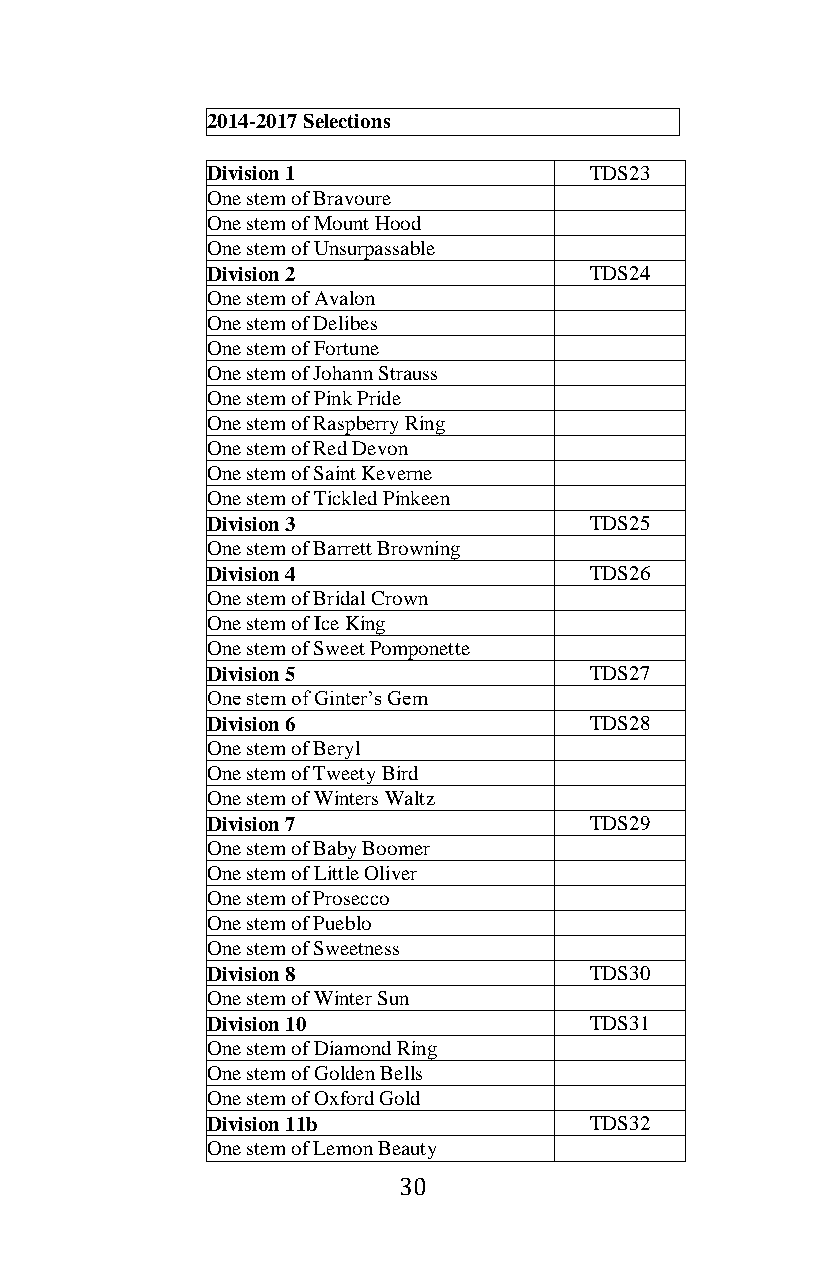
2014-2017 Selections
 Division 1               TDS23
 One stem of Bravoure
 One stem of Mount Hood
 One stem of Unsurpassable
 Division 2               TDS24
 One stem of Avalon
 One stem of Delibes
 One stem of Fortune
 One stem of Johann Strauss
 One stem of Pink Pride
 One stem of Raspberry Ring
 One stem of Red Devon
 One stem of Saint Keverne
 One stem of Tickled Pinkeen
 Division 3               TDS25
 One stem of Barrett Browning
 Division 4               TDS26
 One stem of Bridal Crown
 One stem of Ice King
 One stem of Sweet Pomponette
 Division 5               TDS27
 One stem of Ginter’s Gem
 Division 6               TDS28
 One stem of Beryl
 One stem of Tweety Bird
 One stem of Winters Waltz
 Division 7               TDS29
 One stem of Baby Boomer
 One stem of Little Oliver
 One stem of Prosecco
 One stem of Pueblo
 One stem of Sweetness
 Division 8               TDS30
 One stem of Winter Sun
 Division 10              TDS31
 One stem of Diamond Ring
 One stem of Golden Bells
 One stem of Oxford Gold
 Division 11b             TDS32
 One stem of Lemon Beauty
 30